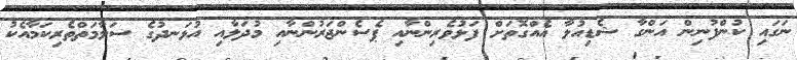
ނަގައި ކުންފުނިން އަންގާ ޝެޑިއުލާ އެއްގޮތަށް ފަޅުވެރިންނާއި ޕެސެންޖަރުންނާއި މުދަލާއި އުޅަނދުގެ ސަލާމަތްތެރިކަމާއެކު